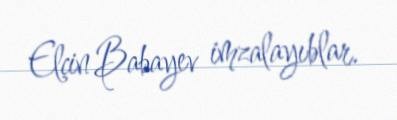
Elçin Babayev imzalayıblar.